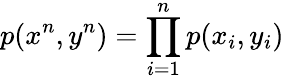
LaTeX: p(x^{n},y^{n})=\prod_{i=1}^{n}p(x_{i},y_{i})